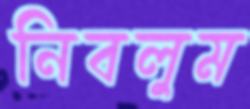
নিবলুম